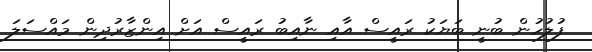
ފުލުހުން ބުނީ ބަޔަކު ރައީސް އާއި ނާއިބު ރައީސް އަށް އިންޒާރުދިން މައްސަލަ